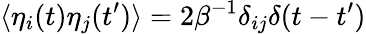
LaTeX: \langle\eta_{i}(t)\eta_{j}(t^{\prime})\rangle=2\beta^{-1}\delta_{ij}\delta(t-t^{\prime})